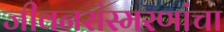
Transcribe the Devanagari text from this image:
जीवनसंस्मरणांचा